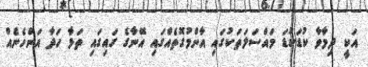
އަކީ ދިމާވާ ކުޑަކުޑަ މައްސަލަތަކުގައި އާންމުގޮތެއްގައި އޭނާގެ ގައިގައި ތަޅާ ހަދާ އަންހެނެއް